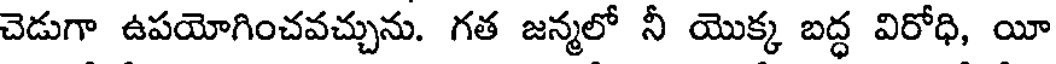
చెడుగా ఉపయోగించవచ్చును. గత జన్మలో నీ యొక్క బద్ధ విరోధి, యీ